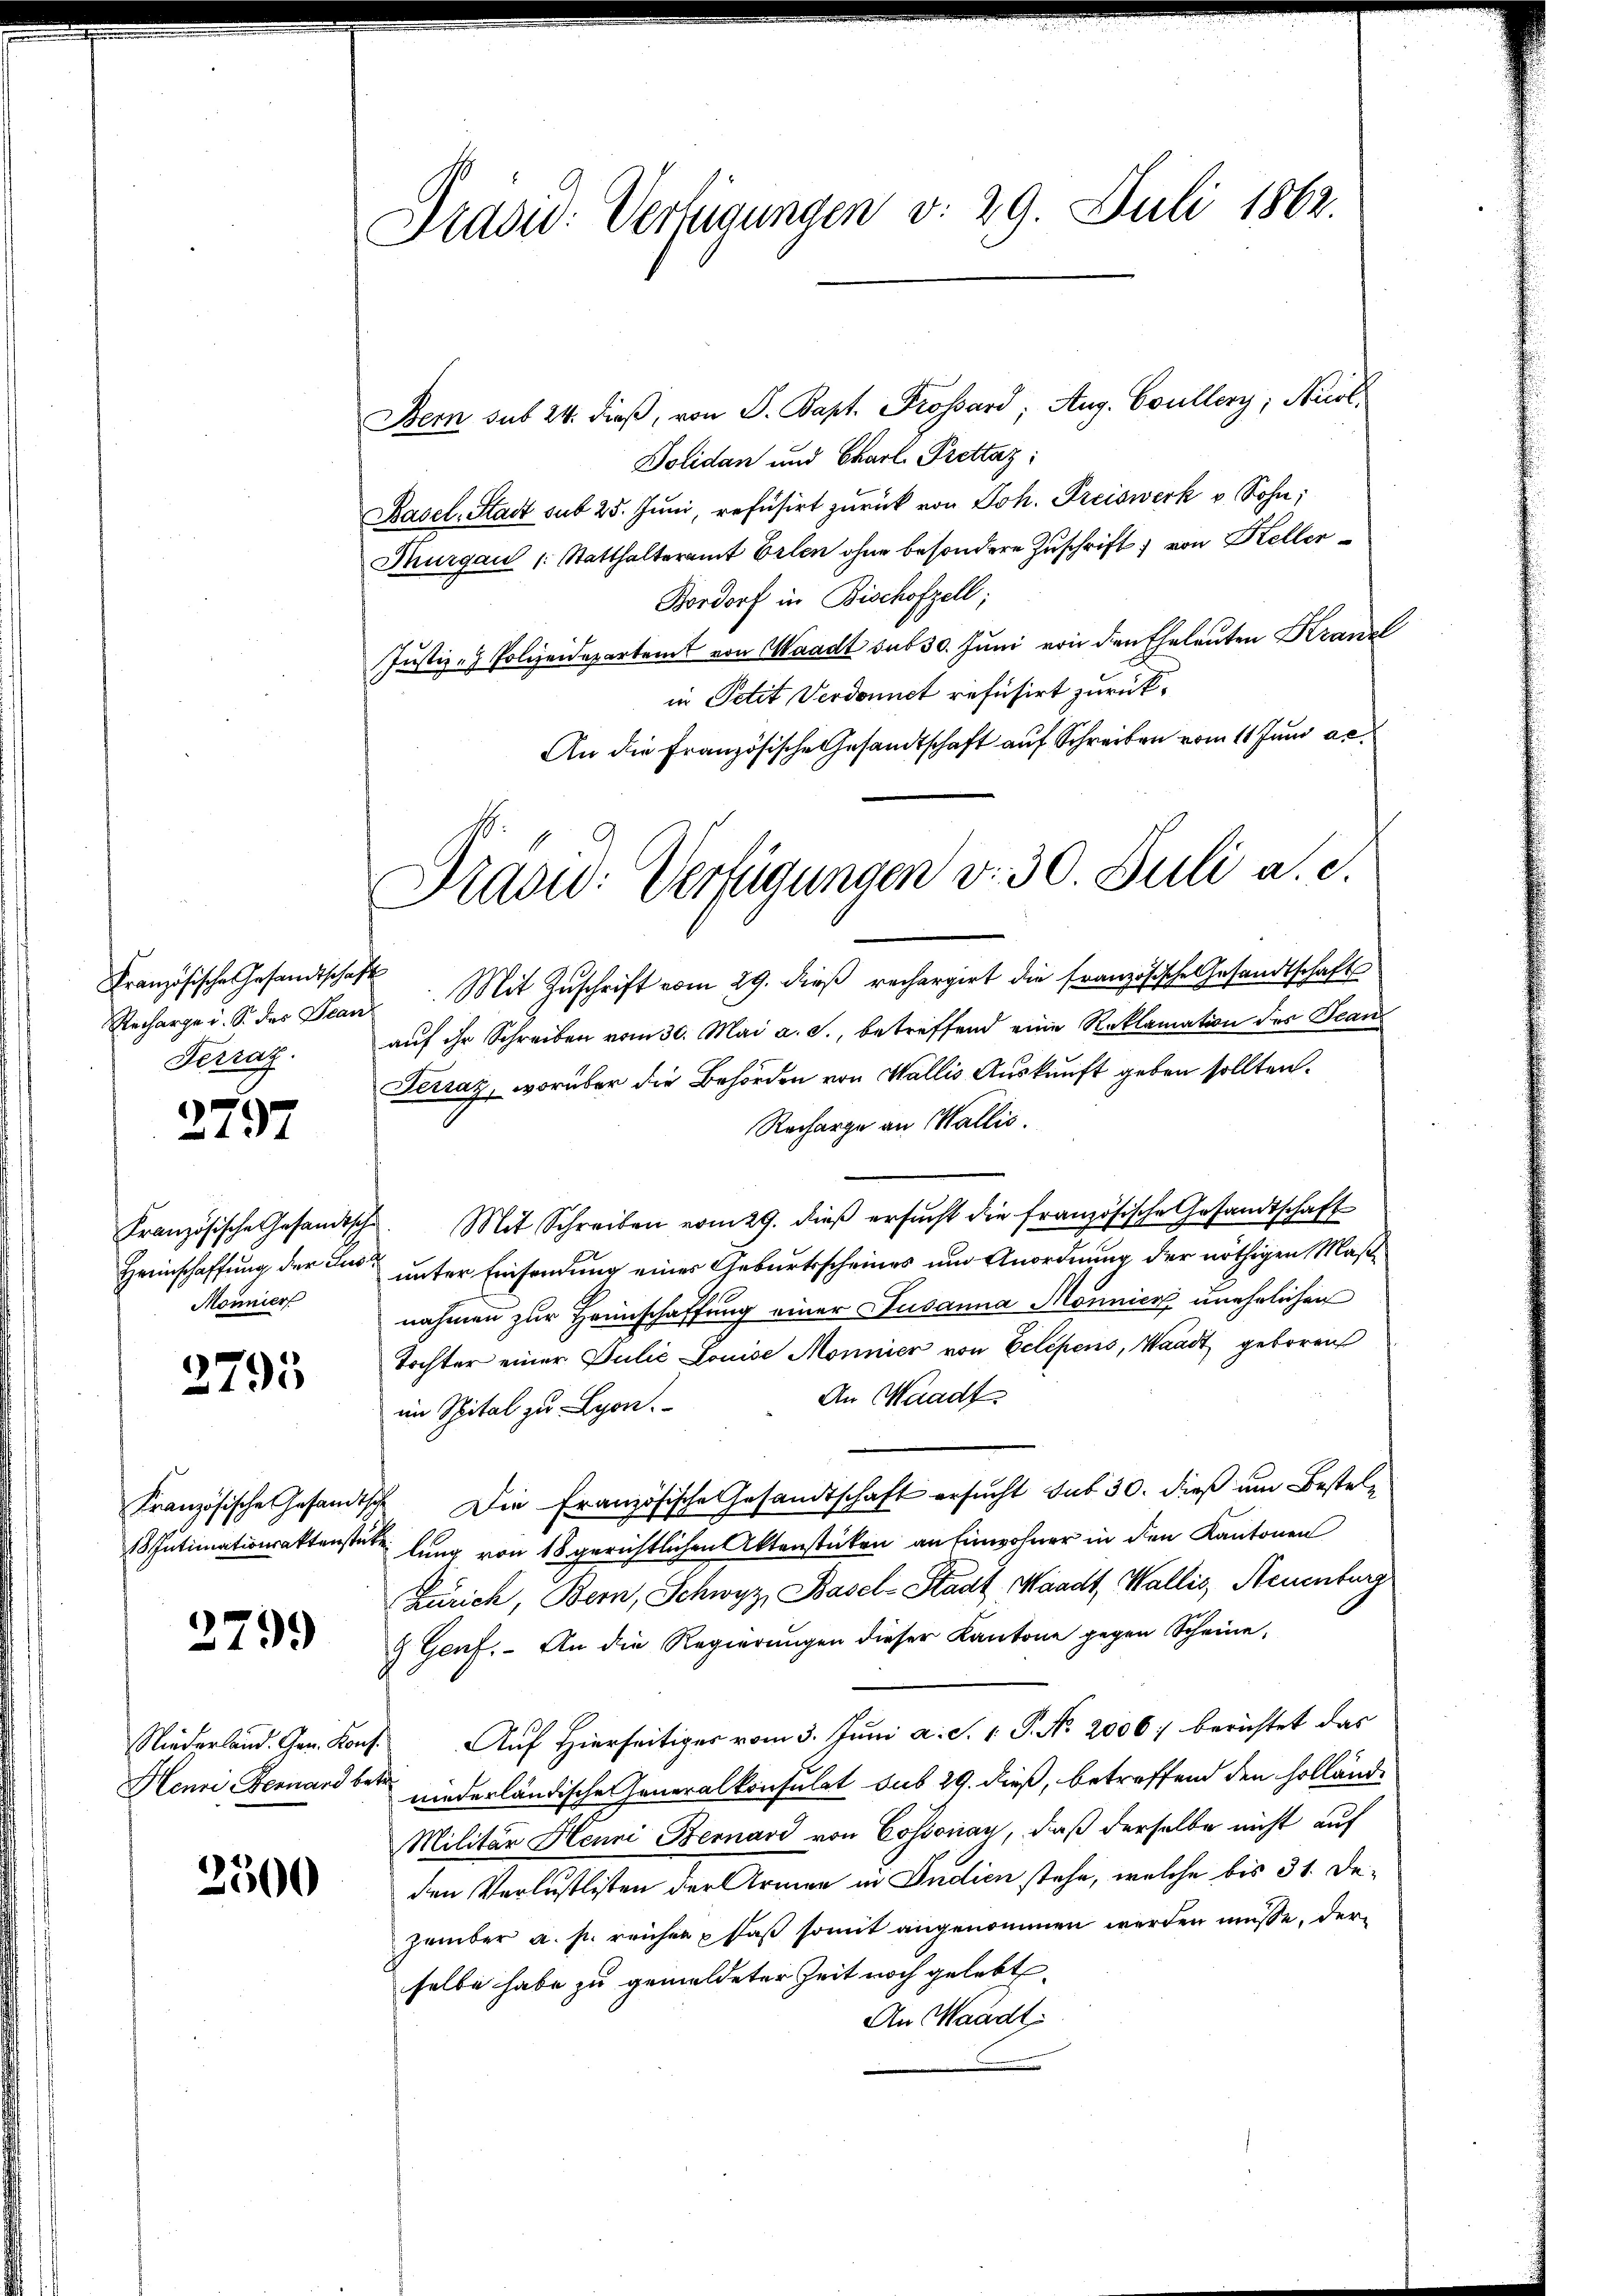
Französische Gesandtschaft
Ferrat.

2797

Mönnier

2795

2799

2500

Prasid: Verfügungen d. 29. Juli 1862.

Prasw: Verfügungen v. 30. Juli a. c.

Bern sub 24. dieß, von P. Bapt. Prossard, Aug. Coullerg; Nuol¬
Solidan und Charl Prettaz:
Basel-Stadt sub 25. Juni, refüsirt zurück von Joh. Freiswerk v. Sohn,
Thurgau (Statthalteramt Erlen ohne besondere Zuschrift von Keller¬
Bordorf in Bischofzell;
Justiz - Polizeidepartamt von Waadt sub 30. Juni von den Eheleuten Kranzl
in Petit Verdonnet refüsirt zurück¬
An die Französische Gesandtschaft auf Schreiben vom 11 Juni ac
Recharge i. S. der Scan. Mit Zŭschrift vom 29. dieβ rechargirt die französische Gesandtschaft
auf ihr Schreiben vom 30. Mai a. c., betreffend eine Reklamation des Bean
Ferraz, worüber die Behörden von Wallis Auskunft geben sollten.
Recharge an Wallis.
Französische Gesandtsche. Mit Schreiben vom 29. dieß ersucht die französische Gesandtschaft
Heimschaffung der Lust unter Einsendung eines Geburtsscheines und Anordnung der nöthigen Maßnahmen zur Heinschaffung einer Susanna Mönnier unehelichen
Tochter einer Julić Louise Monnier von Eelépens, Waadt geboren
An Waadt
im Spital zu Lyon.
Französische Gesandtsche Die Französische Gesandtschaft ersucht sub 30. dieß um Bestel¬
1 Putimationsaktenstutz lung von 18 gerichtlichen Aktenstücken an Einwohner in den Kantonen
Zürich, Bern, Schwyz, Basel-Stadt, Waadt, Wallis, Neuenburg
9 Genf. An die Regierŭngen dieser Kantone gegen Scheine
Niederland. Gen. Kons. Auf Hierseitiger vom 3. Juni a. S. 1. P. No. 2006) berichtet das
Henri Fernard bei niederländische Generalkonsulat sub 29. dieß, betreffend den Holländ-
Militär Henni Bernard von Cossonay, daß derselbe nicht auf
den Verlustlisten der Armen in Indien stehe, welche bis 31. Dezember a. p. reichen & daß somit angenommen werden müsse, der
selbe habe zu gemeldeter Zeit noch gelebt.
An Waadt,